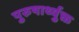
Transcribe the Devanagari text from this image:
पुरुषार्थ्युक्त